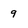
Character: 9